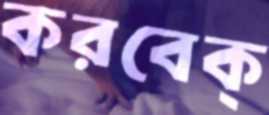
করবেক্